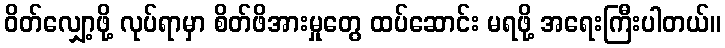
ဝိတ်လျှော့ဖို့ လုပ်ရာမှာ စိတ်ဖိအားမှုတွေ ထပ်ဆောင်း မရဖို့ အရေးကြီးပါတယ်။